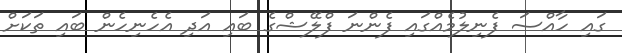
ގައި ހާއްސަ ފެނިލުމެއްގައި ފެންނަ ފްލޭޝްގެ ބައި އަދި އެހެނިހެން ބައި ތަކަށް